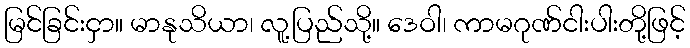
မြင်ခြင်းငှာ။ မာနုသိယာ၊ လူ့ပြည်သို့။ ဒေဝါ၊ ကာမဂုဏ်ငါးပါးတို့ဖြင့်